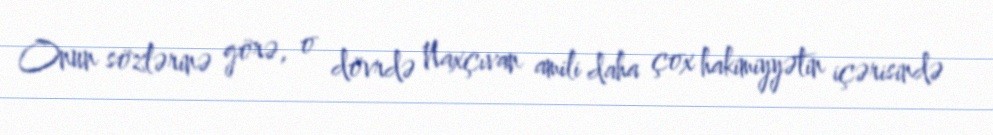
Onun sözlərinə görə, o dövrdə Naxçıvan amili daha çox hakimiyyətin içərisində